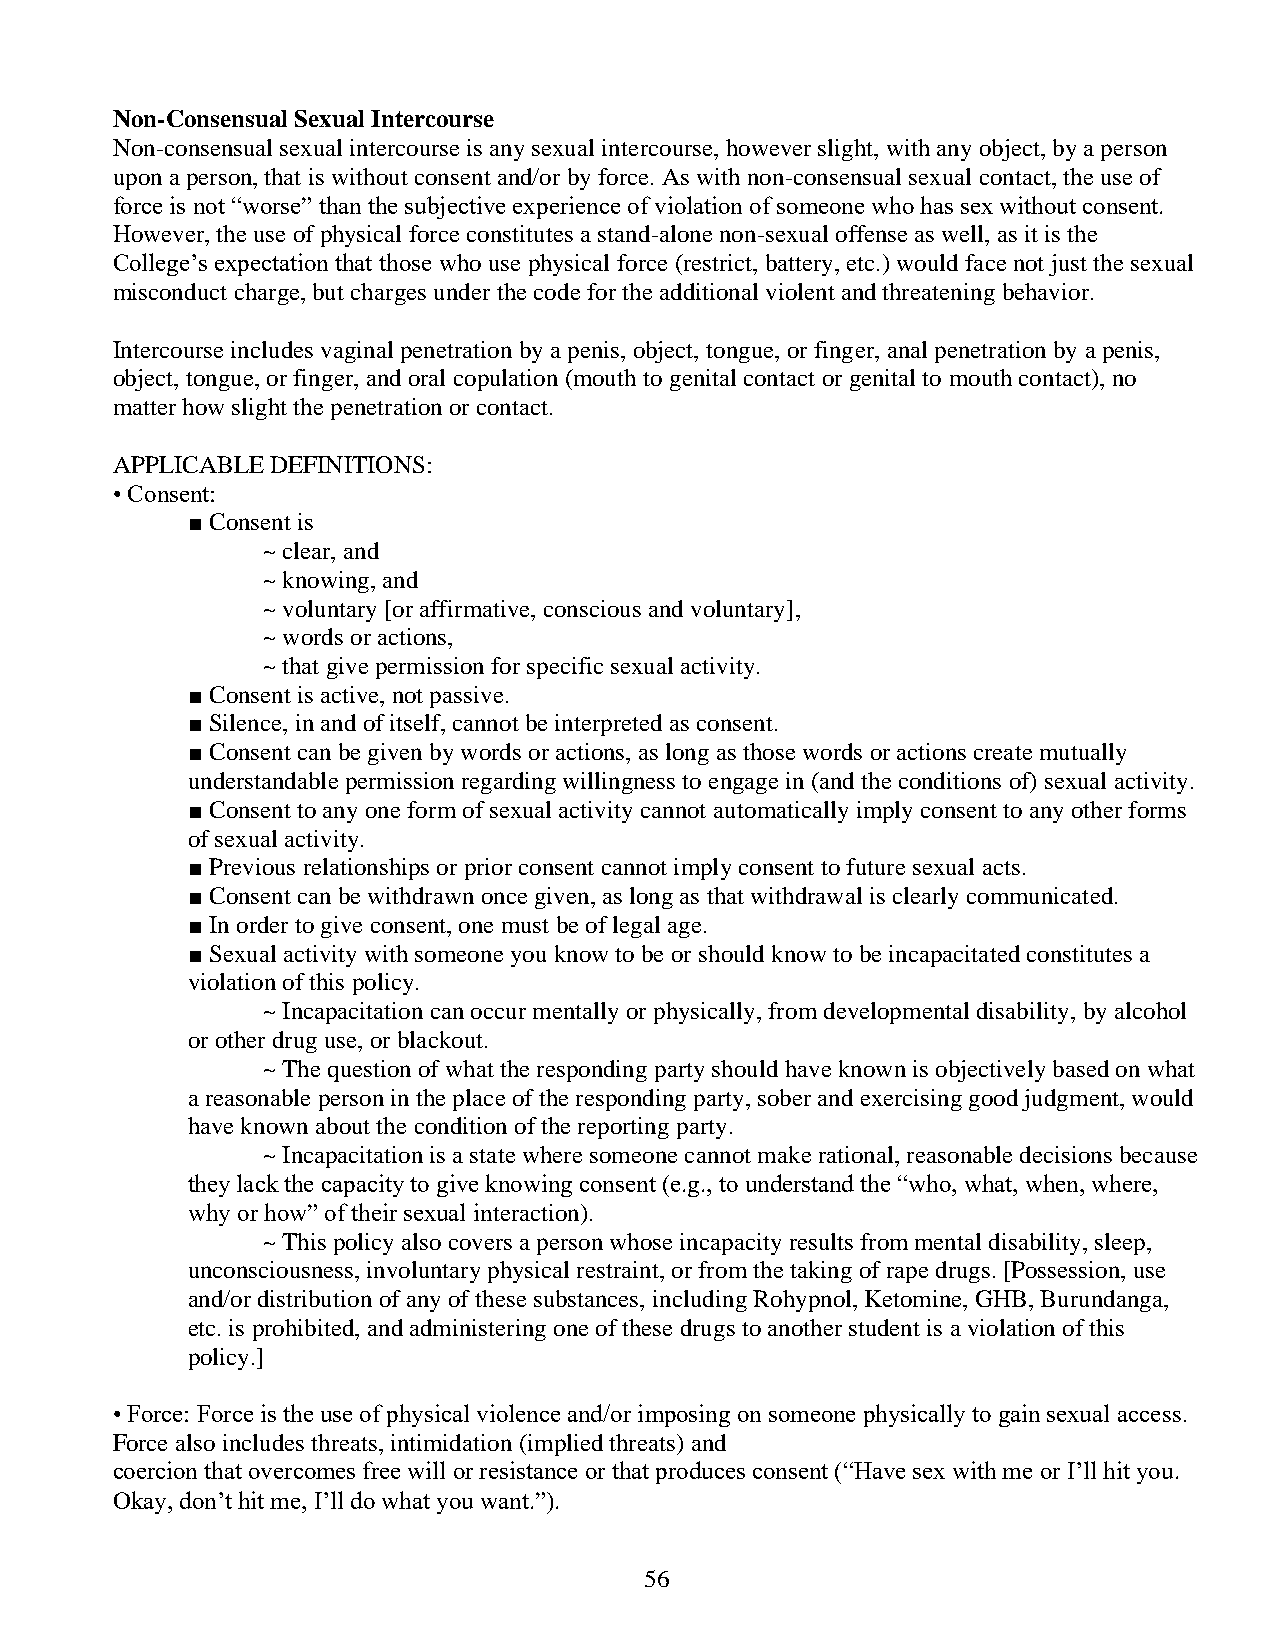
Non-Consensual Sexual Intercourse
 Non-consensual sexual intercourse is any sexual intercourse, however slight, with any object, by a person
 upon a person, that is without consent and/or by force. As with non-consensual sexual contact, the use of
 force is not “worse” than the subjective experience of violation of someone who has sex without consent.
 However, the use of physical force constitutes a stand-alone non-sexual offense as well, as it is the
 College’s expectation that those who use physical force (restrict, battery, etc.) would face not just the sexual
 misconduct charge, but charges under the code for the additional violent and threatening behavior.
 Intercourse includes vaginal penetration by a penis, object, tongue, or finger, anal penetration by a penis,
 object, tongue, or finger, and oral copulation (mouth to genital contact or genital to mouth contact), no
 matter how slight the penetration or contact.
 APPLICABLE DEFINITIONS:
 • Consent:
 ■ Consent is
 ~ clear, and
 ~ knowing, and
 ~ voluntary [or affirmative, conscious and voluntary],
 ~ words or actions,
 ~ that give permission for specific sexual activity.
 ■ Consent is active, not passive.
 ■ Silence, in and of itself, cannot be interpreted as consent.
 ■ Consent can be given by words or actions, as long as those words or actions create mutually
 understandable permission regarding willingness to engage in (and the conditions of) sexual activity.
 ■ Consent to any one form of sexual activity cannot automatically imply consent to any other forms
 of sexual activity.
 ■ Previous relationships or prior consent cannot imply consent to future sexual acts.
 ■ Consent can be withdrawn once given, as long as that withdrawal is clearly communicated.
 ■ In order to give consent, one must be of legal age.
 ■ Sexual activity with someone you know to be or should know to be incapacitated constitutes a
 violation of this policy.
 ~ Incapacitation can occur mentally or physically, from developmental disability, by alcohol
 or other drug use, or blackout.
 ~ The question of what the responding party should have known is objectively based on what
 a reasonable person in the place of the responding party, sober and exercising good judgment, would
 have known about the condition of the reporting party.
 ~ Incapacitation is a state where someone cannot make rational, reasonable decisions because
 they lack the capacity to give knowing consent (e.g., to understand the “who, what, when, where,
 why or how” of their sexual interaction).
 ~ This policy also covers a person whose incapacity results from mental disability, sleep,
 unconsciousness, involuntary physical restraint, or from the taking of rape drugs. [Possession, use
 and/or distribution of any of these substances, including Rohypnol, Ketomine, GHB, Burundanga,
 etc. is prohibited, and administering one of these drugs to another student is a violation of this
 policy.]
 • Force: Force is the use of physical violence and/or imposing on someone physically to gain sexual access.
 Force also includes threats, intimidation (implied threats) and
 coercion that overcomes free will or resistance or that produces consent (“Have sex with me or I’ll hit you.
 Okay, don’t hit me, I’ll do what you want.”).
 56